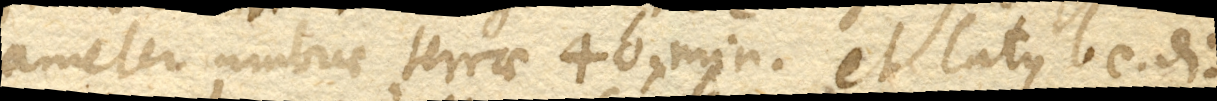
ameter umbrae terrae 40’. min. et latus bc. di–